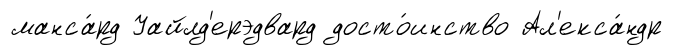
манса́рд Уайлд'ерэдвард досто́инство Ал'екса́ндр